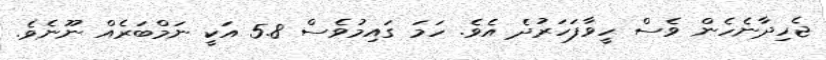
ޖެހިދާނެހެން ވެސް ހީވާފަހަރުދެ އެވެ. ހަމަ ގައިމުވެސް 5.8 އަކީ ނަމްބަރެއް ނޫނެވެ.